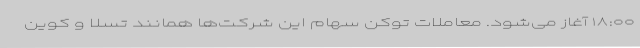
۱۸:۰۰ آغاز می‌شود. معاملات توکن سهام این شرکت‌ها همانند تسلا و کوین